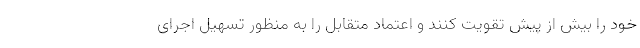
خود را بیش از پیش تقویت کنند و اعتماد متقابل را به منظور تسهیل اجرای